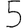
Digit: 5